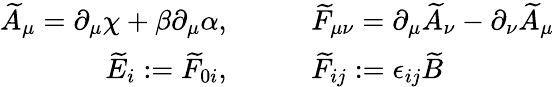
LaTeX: \begin{array}{rl}{\widetilde{A}_{\mu}=\partial_{\mu}\chi+\beta\partial_{\mu}\alpha,}&{\qquad\widetilde{F}_{\mu\nu}=\partial_{\mu}\widetilde{A}_{\nu}-\partial_{\nu}\widetilde{A}_{\mu}}\\ {\widetilde{E}_{i}:=\widetilde{F}_{0i},}&{\qquad\widetilde{F}_{ij}:=\epsilon_{ij}\widetilde{B}}\end{array}